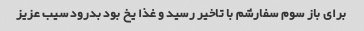
برای باز سوم سفارشم با تاخیر رسید و غذا یخ بود بدرود سیب عزیز